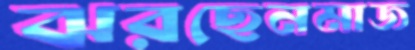
ঝরছেনমাজ